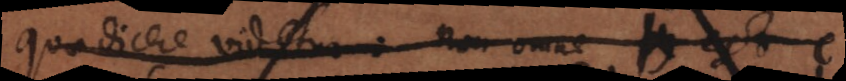
quae dicere videtur: non omne b